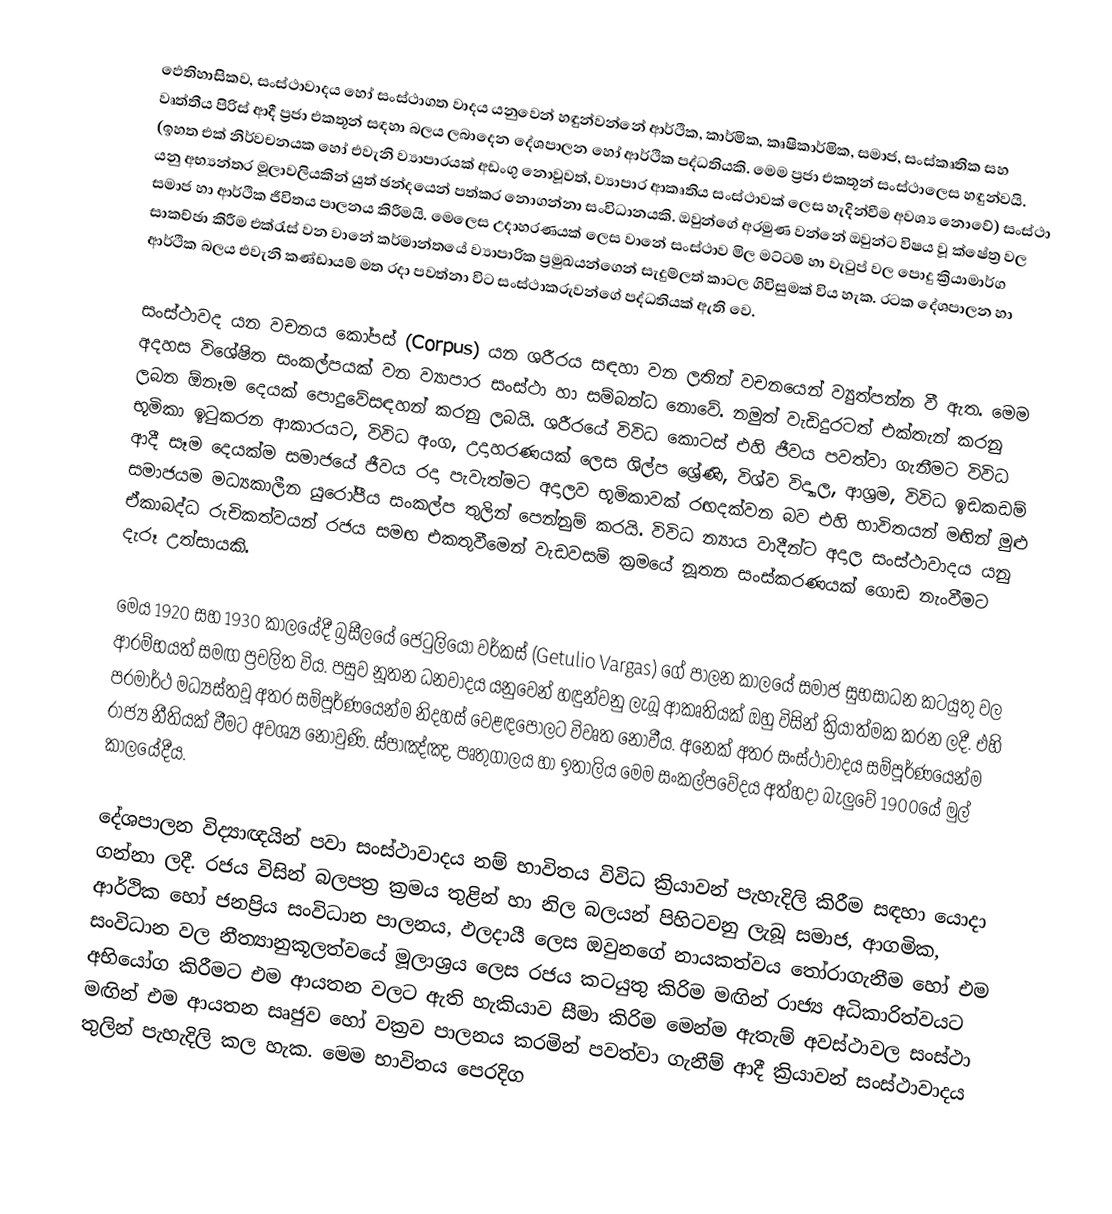
ඵෙතිහාසිකව, සංස්ථාවාදය හෝ සංස්ථාගත වාදය යනුවෙන් හඳුන්වන්නේ ආර්ථික, කාර්මික, කෘෂිකාර්මික, සමාජ, සංස්කෘතික සහ වෘත්තීය පිරිස් ආදී ප්‍රජා එකතූන් සඳහා බලය ලබාදෙන දේශපාලන හෝ ආර්ථික පද්ධතියකි.  මෙම ප්‍රජා එකතූන් සංස්ථාලෙස හඳුන්වයි.  (ඉහත එක් නිර්වචනයක හෝ එවැනි ව්‍යාපාරයක් අඩංගු නොවූවත්, ව්‍යාපාර ආකෘතිය සංස්ථාවක් ලෙස හැදින්වීම අවශ්‍ය නොවේ) සංස්ථා යනු අභ්‍යන්තර මූලාවලියකින් යුත් ඡන්දයෙන් පත්කර නොගන්නා සංවිධානයකි.  ඔවුන්ගේ අරමුණ වන්නේ ඔවුන්ට විෂය වූ ක්ෂේත්‍ර වල සමාජ හා ආර්ථික ජීවිතය පාලනය කිරීමයි.  මෙලෙස උදාහරණයක් ලෙස වානේ සංස්ථාව මිල මට්ටම් හා වැටුප් වල පොදු ක්‍රියාමාර්ග සාකච්ඡා කිරීම එක්රැස් වන වානේ කර්මාන්තයේ ව්‍යාපාරික ප්‍රමුඛයන්ගෙන් සැදුම්ලත් කාටල ගිවිසුමක් විය හැක.  රටක දේශපාලන හා ආර්ථික බලය එවැනි කණ්ඩායම් මත රදා පවත්නා විට සංස්ථාකරුවන්ගේ පද්ධතියක් ඇති වෙ.

සංස්ථාවද යන වචනය කෝපස් (Corpus) යන ශරීරය සඳහා වන ලතින් වචනයෙන් ව්‍යුත්පන්න වී ඇත.  මෙම අදහස විශේෂිත සංකල්පයක් වන ව්‍යාපාර සංස්ථා හා සම්බන්ධ නොවේ.  නමුත් වැඩිදුරටත් එක්තැන් කරනු ලබන ඕනෑම දෙයක් පොදුවේසඳහන් කරනු ලබයි.  ශරීරයේ විවිධ කොටස් එහි ජීවය පවත්වා ගැනීමට විවිධ භූමිකා ඉටුකරන ආකාරයට, විවිධ අංග, උදාහරණයක් ලෙස ශිල්ප ‍ශ්‍රේණි, විශ්ව විද්‍යාල, ආශ්‍රම, විවිධ ඉඩකඩම් ආදී සෑම දෙයක්ම සමාජයේ ජීවය රදා පැවැත්මට අදාලව භූමිකාවක් රඟදක්වන බව එහි භාවිතයන් මඟින් මුළු සමාජයම මධ්‍යකාලීන යුරෝපීය සංකල්ප තුලින් පෙන්නුම් කරයි.   විවිධ න්‍යාය වාදීන්ට අදාල සංස්ථාවාදය යනු ඒකාබද්ධ රුචිකත්වයන් රජය සමඟ එකතුවීමෙන් වැඩවසම් ක්‍රමයේ නූතන සංස්කරණයක් ගොඩ නැංවීමට දැරූ උත්සායකි.

මෙය 1920 සහ 1930 කාලයේදී බ්‍රසීලයේ ජෙටුලියෝ වර්කස් (Getulio Vargas) ගේ පාලන කාලයේ සමාජ සුභසාධන කටයුතු වල ආරම්භයත් සමඟ ප්‍රචලිත විය.   පසුව නූතන ධනවාදය යනුවෙන්  හඳුන්වනු ලැබූ ආකෘතියක් ඔහු විසින් ක්‍රියාත්මක කරන ලදී.  එහි පරමාර්ථ මධ්‍යස්තවූ අතර සම්පූර්ණයෙන්ම නිදහස් වෙළඳපොලට විවෘත නොවීය‍‍.  අනෙක් අතර සංස්ථාවාදය සම්පූර්ණයෙන්ම රාජ්‍ය නීතියක් වීමට අවශ්‍ය නොවුණි.  ස්පාඤ්ඤ, පෘතුගාලය හා ඉතාලිය මෙම සංකල්පවේදය අත්හදා බැලුවේ 1900යේ මුල් කාලයේදීය.

දේශපාලන විද්‍යාඥයින් පවා සංස්ථාවාදය නම් භාවිතය විවිධ ක්‍රියාවන් පැහැදිලි කිරීම සඳහා යොදා ගන්නා ලදී.  රජය විසින් බලපත්‍ර ක්‍රමය තුළින් හා නිල බලයන් පිහිටවනු ලැබූ සමාජ, ආගමික, ආර්ථික හෝ ජනප්‍රිය සංවිධාන පාලනය, ඵලදායී ලෙස ඔවුනගේ නායකත්වය තෝරාගැනීම හෝ එම සංවිධාන වල නීත්‍යානුකූලත්වයේ මූලාශ්‍රය ලෙස රජය කටයුතු කිරිම මඟින් රාජ්‍ය අධිකාරිත්වයට අභියෝග කිරීමට එම ආයතන වලට ඇති හැකියාව සීමා කිරිම මෙන්ම ඇතැම් අවස්ථාවල සංස්ථා මඟින් එම ආයතන සෘජුව හෝ වක්‍රව පාලනය කරමින් පවත්වා ගැනීම් ආදී ක්‍රියාවන් සංස්ථාවාදය තුලින් පැහැදිලි කල හැක.  මෙම භාවිතය පෙරදිග